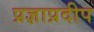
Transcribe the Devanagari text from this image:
प्रज्ञाप्रदीप